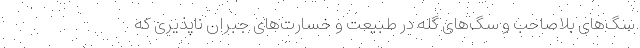
سگ‌های بلاصاحب و سگ‌های گله در طبیعت و خسارت‌های جبران ناپذیری که